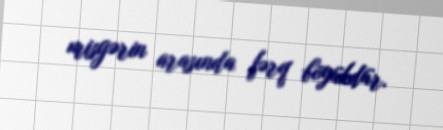
misgərin arasında fərq böyükdür.